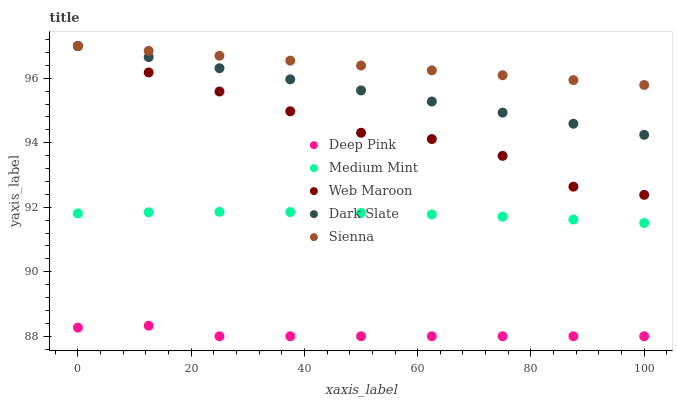
| xaxis_label | Deep Pink | Medium Mint | Web Maroon | Dark Slate | Sienna |
 | --- | --- | --- | --- | --- | --- |
 | 0 | 88.3 | 91.8 | 97 | 97 | 97 |
 | 12.5 | 88.3 | 91.8 | 96.2 | 96.7 | 96.8 |
 | 25 | 88 | 91.9 | 95.6 | 96.3 | 96.7 |
 | 37.5 | 88 | 91.9 | 95 | 96 | 96.5 |
 | 50 | 88 | 91.8 | 94.3 | 95.6 | 96.4 |
 | 62.5 | 88 | 91.8 | 94.1 | 95.3 | 96.2 |
 | 75 | 88 | 91.7 | 93.6 | 94.9 | 96.1 |
 | 87.5 | 88 | 91.6 | 92.6 | 94.6 | 95.9 |
 | 100 | 88 | 91.5 | 92.4 | 94.2 | 95.8 |